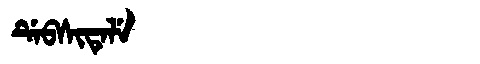
Manchu: ᡩᡝᠪᠰᡳᡨᡝᠯᡝ
Romanization: DEBSITELE